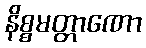
နိစ္စမတ္တာဏော